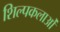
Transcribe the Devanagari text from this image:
शिल्पकलाओं